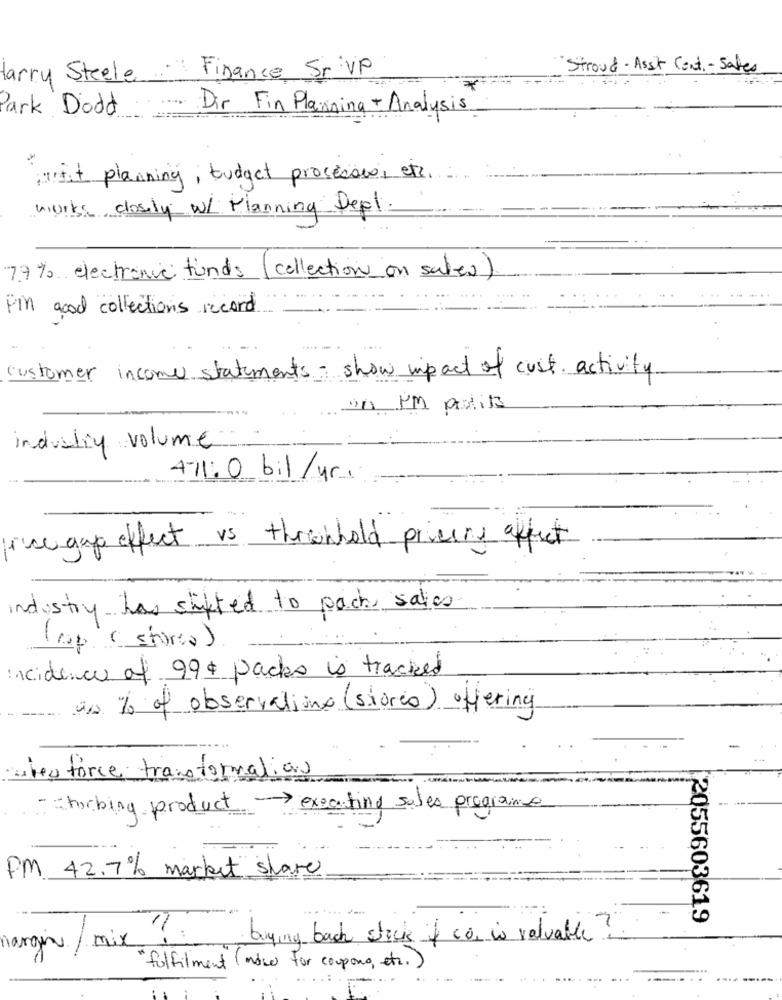
larry Steele Finance Sr VP
Stroud - Assi Cent- Sales
Park Dodd
Dir Fin Planning + Analysis
wist planning, budget processes, etc.
works closely w/ Planning Depl.
7.9% electronic funds (collection on sales).
Pin good collections record
customer income statements show impact of cust activity
in PM petits
induilly volume
471:0 bil/yr ..
ice age effect is thrownhold pricess affect
industry has shifted to pack sales
(cop ( stores)
incidence of 994 packs is tracked
0 % of observations (stores) offering
les force transformation
- stocking product -> executing sales programse
PM 42.7% market share
2055603619
buying back stock of con is valuable!
margin/ mix
"fulfilment ( make for coupons, etc. )